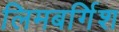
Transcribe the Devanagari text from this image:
लिमबर्गिश